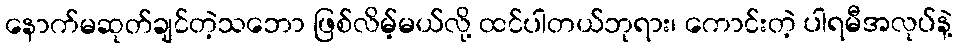
နောက်မဆုတ်ချင်တဲ့သဘော ဖြစ်လိမ့်မယ်လို့ ထင်ပါတယ်ဘုရား၊ ကောင်းတဲ့ ပါရမီအလုပ်နဲ့